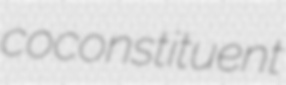
coconstituent